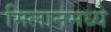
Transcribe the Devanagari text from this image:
मिलानमध्ये